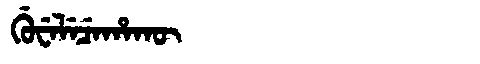
Manchu: ᡤᡠᠸᡝᠯᡝᠴᡝᡥᠠᡴᡡ
Romanization: GUWELECEHAKŪ